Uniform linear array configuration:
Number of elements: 64
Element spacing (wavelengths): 1
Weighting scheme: kaiser
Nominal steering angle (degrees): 30
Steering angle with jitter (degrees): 29.397
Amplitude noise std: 0.05
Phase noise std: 0.05

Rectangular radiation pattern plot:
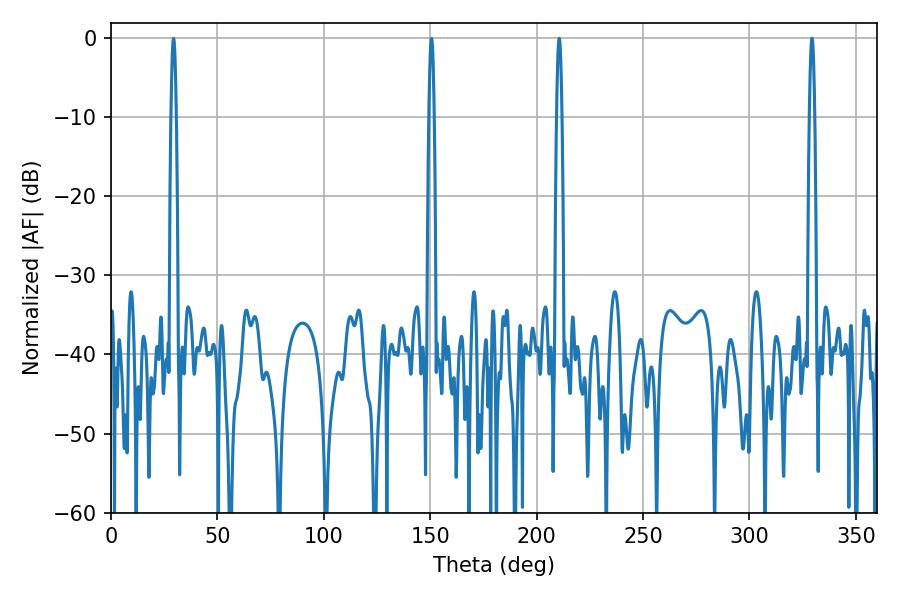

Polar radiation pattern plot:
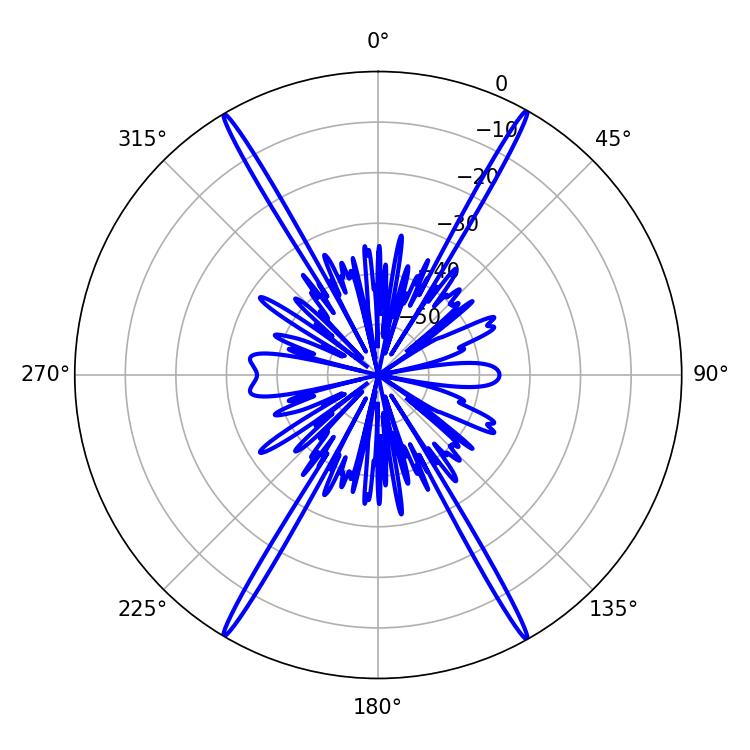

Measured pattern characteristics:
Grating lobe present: TRUE
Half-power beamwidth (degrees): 1.44
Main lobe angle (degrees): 210.6